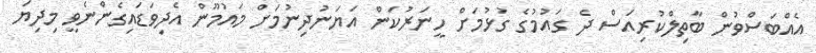
އެއްބަސްވުން ބާތިލްކުރިއަސް ދެ ގައުމުގެ ގުޅުމަށް ހީނަރުކަން އަޔަނުދިނުމަށް މައުމޫން އެދިވަޑައިގެންނެވީ މިދިޔަ